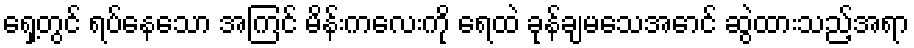
ရှေ့တွင် ရပ်နေသော အကြင် မိန်းကလေးကို ရေထဲ ခုန်ချမသေအောင် ဆွဲထားသည့်အရာ